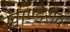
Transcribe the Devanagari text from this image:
खाण्डेराव